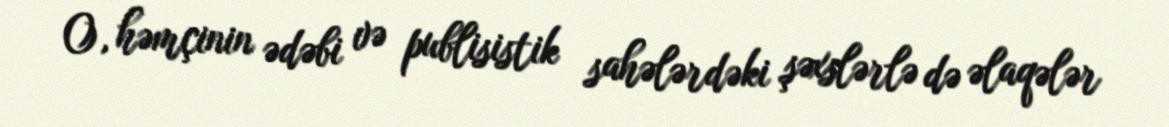
O, həmçinin ədəbi və publisistik sahələrdəki şəxslərlə də əlaqələr